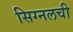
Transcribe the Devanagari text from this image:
सिग्नलची